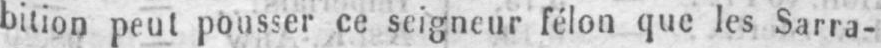
bition peut pousser ce seigneur félon que les Sarra-